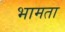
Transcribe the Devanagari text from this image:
भामता